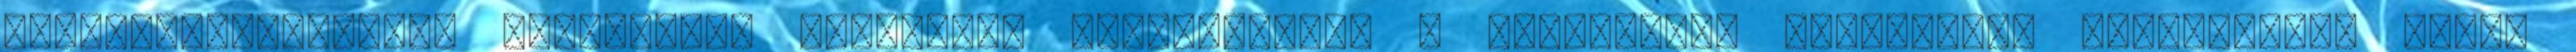
Fészkesvirágzatúak családjába tartozik. Megtalálható a konyhákban fűszerként alkalmazva. Ecet,